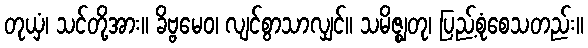
တုယှံ၊ သင်တို့အား။ ခိဗ္ဗမေဝ၊ လျင်စွာသာလျှင်။ သမိဇ္ဈတု၊ ပြည့်စုံစေသတည်း။